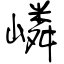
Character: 嶙